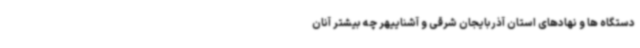
دستگاه ها و نهادهای استان آذربایجان شرقی و آشناییهر چه بیشتر آنان